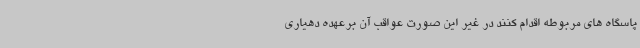
پاسگاه های مربوطه اقدام کنند در غیر این صورت عواقب آن برعهده دهیاری